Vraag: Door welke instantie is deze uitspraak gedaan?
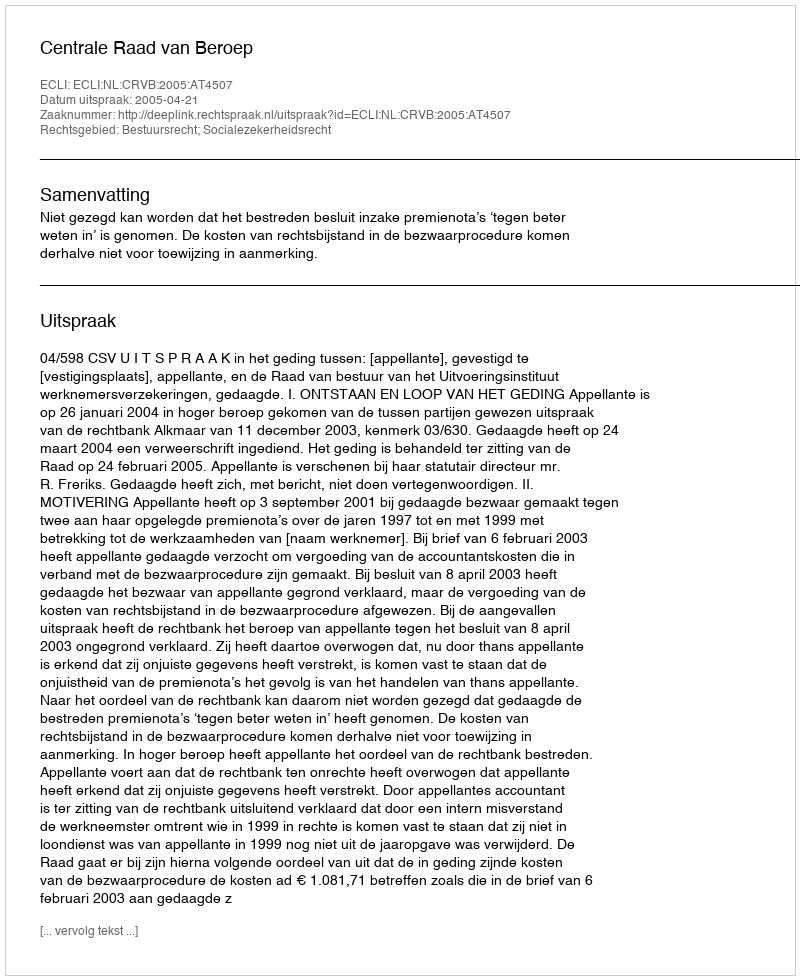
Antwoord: Centrale Raad van Beroep